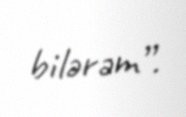
bilərəm”.